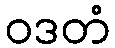
ဝဒတံ